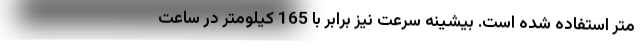
متر استفاده شده است. بیشینه سرعت نیز برابر با 165 کیلومتر در ساعت